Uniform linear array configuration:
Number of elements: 4
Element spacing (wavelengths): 0.5
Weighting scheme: kaiser
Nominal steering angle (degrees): -45
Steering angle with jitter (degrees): -46.275
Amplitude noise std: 0.05
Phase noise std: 0.05

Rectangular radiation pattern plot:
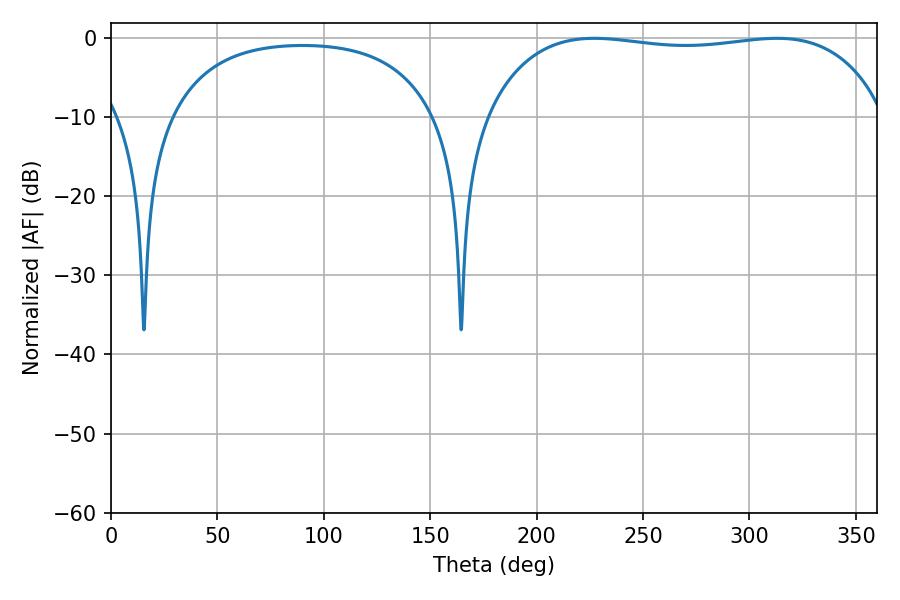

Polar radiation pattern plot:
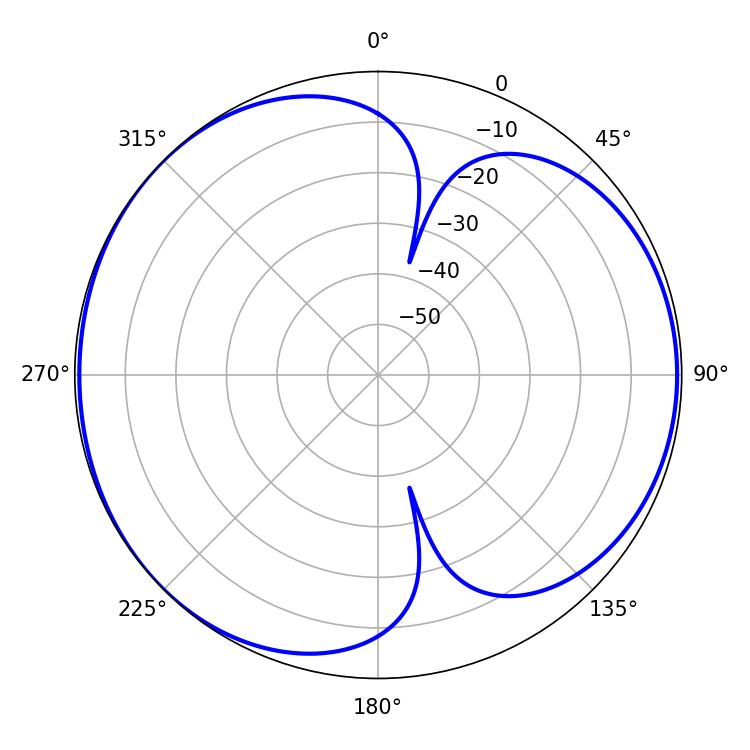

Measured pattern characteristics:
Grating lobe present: FALSE
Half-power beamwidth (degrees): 150.12
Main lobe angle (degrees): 226.98